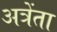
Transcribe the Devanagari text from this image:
अत्रेंता